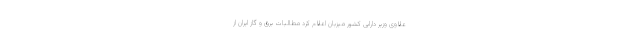
علاوی وزیر دارایی کشور میزبان اعلام کرد مطالبات برق و گاز ایران از